Civil Veterinary Department Bihar & Orissa reports 1922-29 - 1922-1929
Year: 1922
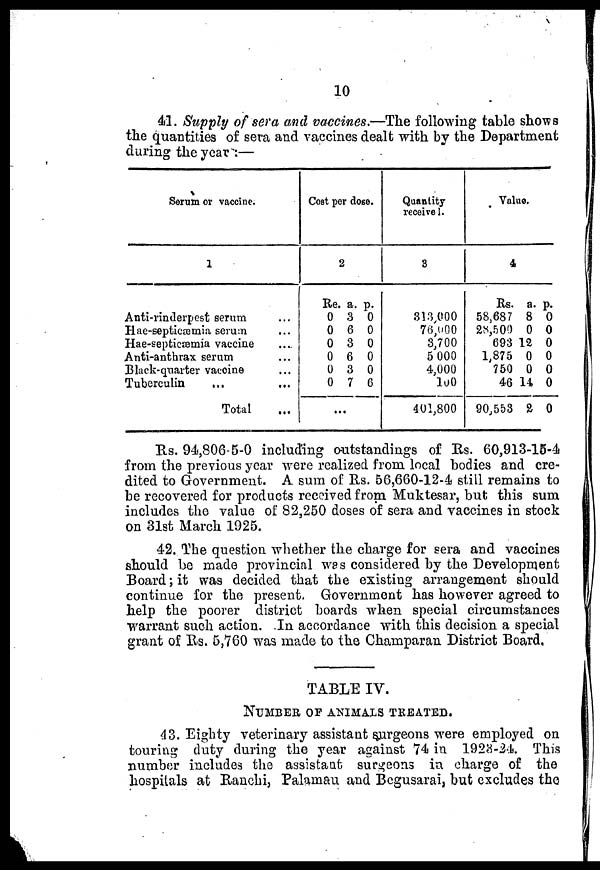
10
41. Supply of sera and vaccines.—The following table shows
the quantities of sera and vaccines dealt with by the Department
during the year:—
Serum or vaccine.
1
Anti-rinderpest serum
Hae-septicæmia serum
Hae-septicæmia vaccine
Anti-anthrax serum
Black-quarter vaccine
Tuberculin
Total
Cost per dose.
2
Rs.
0
0
0
0
0
0
...
a.
3
6
3
6
3
7
p.
0
0
0
0
0
6
Quantity
receive!.
3
313,000
76,000
3,700
5 000
4,000
100
401,800
Value.
4
Rs.
58,687
28,500
693
1,875
750
46
90,553
a.
8
0
12
0
0
14
2
p.
0
0
0
0
0
0
0
Rs. 94,806-5-0 including outstandings of Rs. 60,913-15-4
from the previous year were realized from local bodies and cre-
dited to Government. A sum of Us. 56,660-12-4 still remains to
be recovered for products received from Muktesar, but this sum
includes the value of 82,250 doses of sera and vaccines in stock
on 31st March 1925.
42. The question whether the charge for sera and vaccines
should be made provincial was considered by the Development
Board; it was decided that the existing arrangement should
continue for the present. Government has however agreed to
help the poorer district boards when special circumstances
warrant such action. In accordance with this decision a special
grant of Rs. 5,760 was made to the Champaran District Board,
TABLE IV.
NUMBER OP ANIMALS TKEATED.
43. Eighty veterinary assistant surgeons were employed on
touring duty during the year against 74 in 1923-24. This
number includes the assistant surgeons in charge of the
hospitals at Ranchi, Palamau and Begusarai, but excludes the